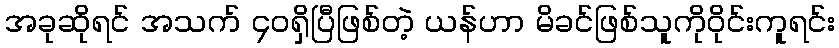
အခုဆိုရင် အသက် ၄၀ရှိပြီဖြစ်တဲ့ ယန်ဟာ မိခင်ဖြစ်သူကိုဝိုင်းကူရင်း